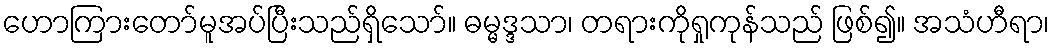
ဟောကြားတော်မူအပ်ပြီးသည်ရှိသော်။ ဓမ္မဒ္ဒသာ၊ တရားကိုရှုကုန်သည် ဖြစ်၍။ အသံဟီရာ၊